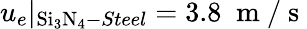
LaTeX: u_{e}|_{\mathrm{Si_{3}N_{4}}-Steel}=3.8\; \mathrm{~m~/~s~}